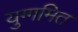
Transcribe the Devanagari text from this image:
युग्गमित